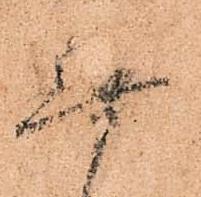
無